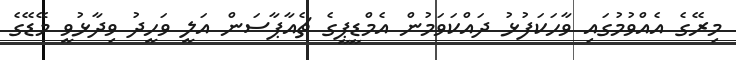
މިރޭގެ އެއްވުމުގައި ވާހަކަފުޅު ދައްކަވަމުން އެމްޑީޕީގެ ޗެއާޕާސަން އަލީ ވަހީދު ވިދާޅުވީ މޭޑޭގެ